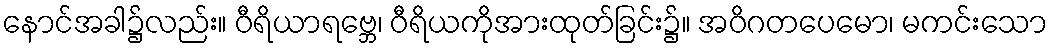
နောင်အခါ၌လည်း။ ဝီရိယာရဗ္ဘေ၊ ဝီရိယကိုအားထုတ်ခြင်း၌။ အဝိဂတပေမော၊ မကင်းသော